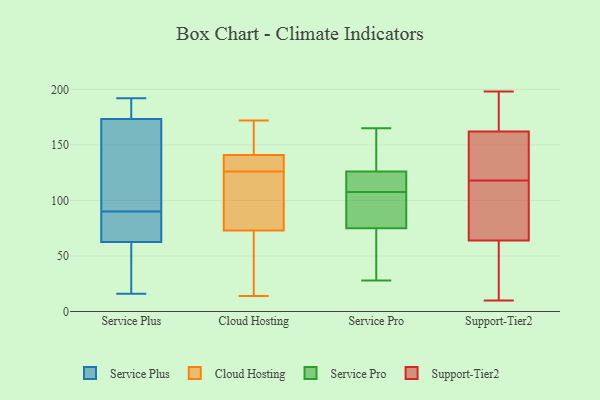
{"axis": {"x": "Net Income (USD K)", "y": "Value"}, "legend": ["Cloud Hosting", "Service Plus", "Service Pro", "Support-Tier2"], "data": [{"x": "", "y": 84, "type": "Service Plus"}, {"x": "", "y": 110, "type": "Service Plus"}, {"x": "", "y": 186, "type": "Service Plus"}, {"x": "", "y": 73, "type": "Service Plus"}, {"x": "", "y": 178, "type": "Service Plus"}, {"x": "", "y": 59, "type": "Service Plus"}, {"x": "", "y": 159, "type": "Service Plus"}, {"x": "", "y": 192, "type": "Service Plus"}, {"x": "", "y": 90, "type": "Service Plus"}, {"x": "", "y": 16, "type": "Service Plus"}, {"x": "", "y": 37, "type": "Service Plus"}, {"x": "", "y": 120, "type": "Cloud Hosting"}, {"x": "", "y": 73, "type": "Cloud Hosting"}, {"x": "", "y": 172, "type": "Cloud Hosting"}, {"x": "", "y": 141, "type": "Cloud Hosting"}, {"x": "", "y": 55, "type": "Cloud Hosting"}, {"x": "", "y": 87, "type": "Cloud Hosting"}, {"x": "", "y": 34, "type": "Cloud Hosting"}, {"x": "", "y": 166, "type": "Cloud Hosting"}, {"x": "", "y": 103, "type": "Cloud Hosting"}, {"x": "", "y": 132, "type": "Cloud Hosting"}, {"x": "", "y": 137, "type": "Cloud Hosting"}, {"x": "", "y": 167, "type": "Cloud Hosting"}, {"x": "", "y": 134, "type": "Cloud Hosting"}, {"x": "", "y": 14, "type": "Cloud Hosting"}, {"x": "", "y": 97, "type": "Service Pro"}, {"x": "", "y": 70, "type": "Service Pro"}, {"x": "", "y": 165, "type": "Service Pro"}, {"x": "", "y": 118, "type": "Service Pro"}, {"x": "", "y": 28, "type": "Service Pro"}, {"x": "", "y": 124, "type": "Service Pro"}, {"x": "", "y": 82, "type": "Service Pro"}, {"x": "", "y": 126, "type": "Service Pro"}, {"x": "", "y": 75, "type": "Service Pro"}, {"x": "", "y": 127, "type": "Service Pro"}, {"x": "", "y": 62, "type": "Support-Tier2"}, {"x": "", "y": 168, "type": "Support-Tier2"}, {"x": "", "y": 36, "type": "Support-Tier2"}, {"x": "", "y": 179, "type": "Support-Tier2"}, {"x": "", "y": 198, "type": "Support-Tier2"}, {"x": "", "y": 185, "type": "Support-Tier2"}, {"x": "", "y": 34, "type": "Support-Tier2"}, {"x": "", "y": 10, "type": "Support-Tier2"}, {"x": "", "y": 84, "type": "Support-Tier2"}, {"x": "", "y": 14, "type": "Support-Tier2"}, {"x": "", "y": 128, "type": "Support-Tier2"}, {"x": "", "y": 72, "type": "Support-Tier2"}, {"x": "", "y": 107, "type": "Support-Tier2"}, {"x": "", "y": 120, "type": "Support-Tier2"}, {"x": "", "y": 154, "type": "Support-Tier2"}, {"x": "", "y": 152, "type": "Support-Tier2"}, {"x": "", "y": 66, "type": "Support-Tier2"}, {"x": "", "y": 158, "type": "Support-Tier2"}, {"x": "", "y": 116, "type": "Support-Tier2"}, {"x": "", "y": 166, "type": "Support-Tier2"}]}